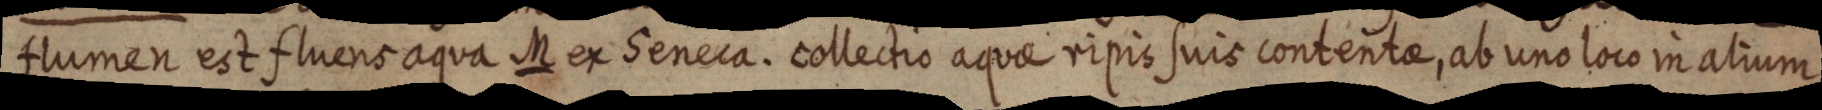
flumen est fluens aqua M ex Seneca. collectio aquae ripis suis contentae, ab uno loco in alium